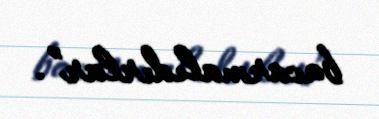
bacarmalıdırlar”.